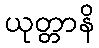
ယုတ္တာနိ